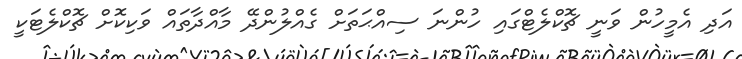
އަދި އެމީހުން ވަނީ ޗޮކްލެޓްގައި ހުންނަ ސިއްޙަތަށް ގެއްލުންދޭ މާއްދާތައް ވަކިކޮށް ޗޮކްލެޓަކީ